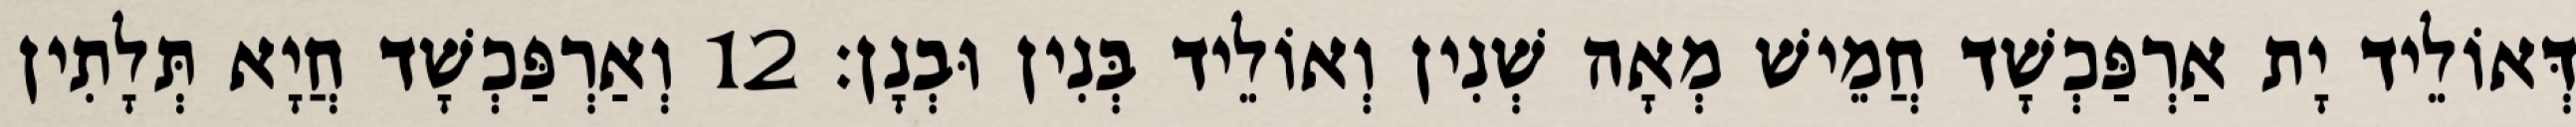
דְּאוֹלֵיד יָת אַרְפַּכְשָׁד חֲמֵישׁ מְאָה שְׁנִין וְאוֹלֵיד בְּנִין וּבְנָן׃ 12 וְאַרְפַּכְשָׁד חֲיָא תְּלָתִין